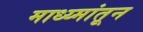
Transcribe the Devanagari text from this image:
माध्य्मांतून